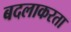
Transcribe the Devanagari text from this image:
बदलाकरता